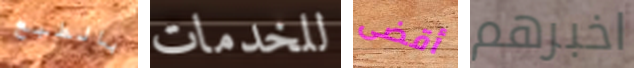
بالطبع للخدمات أقضى اخبرهم